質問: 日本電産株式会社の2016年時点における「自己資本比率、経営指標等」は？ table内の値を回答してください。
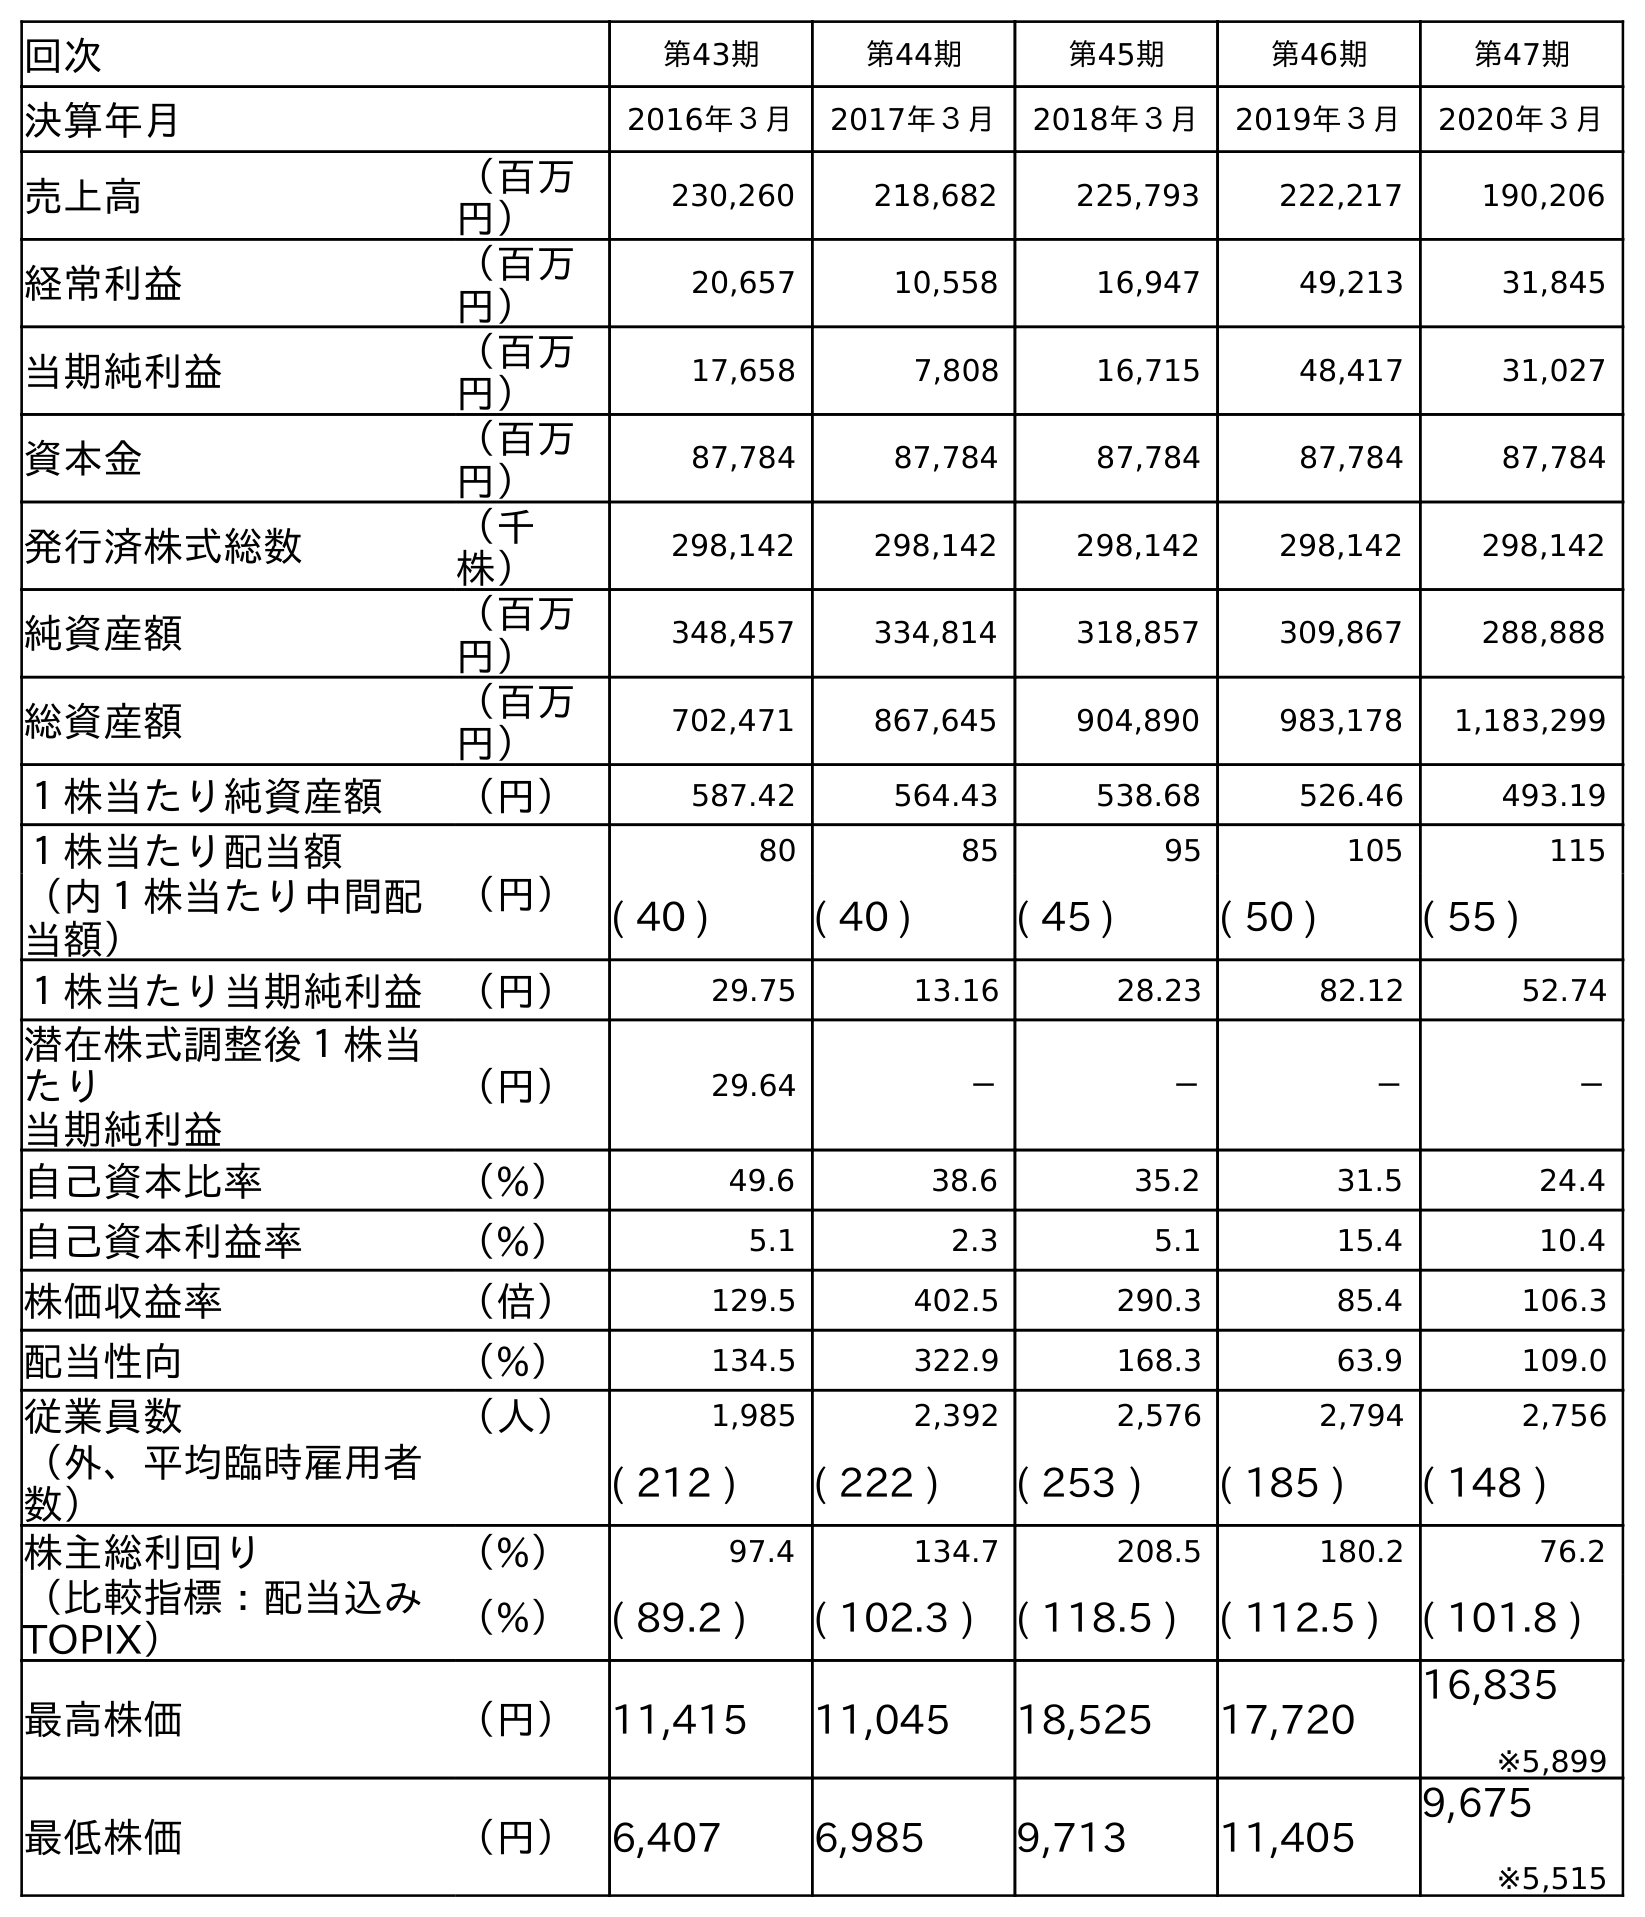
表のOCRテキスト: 回次 第43期 第44期 第45期 第46期 第47期 決算年月 2016年３月 2017年３月 2018年３月 2019年３月 2020年３月 売上高 （百万 円） 230,260 218,682 225,793 222,217 190,206 経常利益 （百万 円） 20,657 10,558 16,947 49,213 31,845 当期純利益 （百万 円） 17,658 7,808 16,715 48,417 31,027 資本金 （百万 円） 87,784 87,784 87,784 87,784 87,784 発行済株式総数 （千 株） 298,142 298,142 298,142 298,142 298,142 純資産額 （百万 円） 348,457 334,814 318,857 309,867 288,888 総資産額 （百万 円） 702,471 867,645 904,890 983,178 1,183,299 １株当たり純資産額 （円） 587.42 564.43 538.68 526.46 493.19 １株当たり配当額 （円） 80 85 95 105 115 （内１株当たり中間配 当額） ( 40 ) ( 40 ) ( 45 ) ( 50 ) ( 55 ) １株当たり当期純利益 （円） 29.75 13.16 28.23 82.12 52.74 潜在株式調整後１株当 たり 当期純利益 （円） 29.64 － － － － 自己資本比率 （%） 49.6 38.6 35.2 31.5 24.4 自己資本利益率 （%） 5.1 2.3 5.1 15.4 10.4 株価収益率 （倍） 129.5 402.5 290.3 85.4 106.3 配当性向 （%） 134.5 322.9 168.3 63.9 109.0 従業員数 （人） 1,985 2,392 2,576 2,794 2,756 （外、平均臨時雇用者 数） ( 212 ) ( 222 ) ( 253 ) ( 185 ) ( 148 ) 株主総利回り （%） 97.4 134.7 208.5 180.2 76.2 （比較指標：配当込み TOPIX） （%） ( 89.2 ) ( 102.3 ) ( 118.5 ) ( 112.5 ) ( 101.8 ) 最高株価 （円） 11,415 11,045 18,525 17,720 16,835 ※5,899 最低株価 （円） 6,407 6,985 9,713 11,405 9,675 ※5,515
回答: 49.6